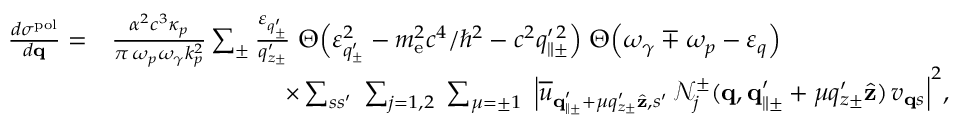
\begin{array} { r l } { \frac { d \sigma ^ { \mathrm { p o l } } } { d { \bf q } } = } & { \frac { \alpha ^ { 2 } c ^ { 3 } \kappa _ { p } } { \pi \, \omega _ { p } \omega _ { \gamma } k _ { p } ^ { 2 } } \sum _ { \pm } \frac { \varepsilon _ { q _ { \pm } ^ { \prime } } } { q _ { z \pm } ^ { \prime } } \; \Theta \Big ( \varepsilon _ { q _ { \pm } ^ { \prime } } ^ { 2 } - m _ { \mathrm { e } } ^ { 2 } c ^ { 4 } / \hbar ^ { 2 } - c ^ { 2 } q _ { \parallel \pm } ^ { \prime \, 2 } \Big ) \; \Theta \Big ( \omega _ { \gamma } \mp \omega _ { p } - \varepsilon _ { q } \Big ) } \\ & { \quad \quad \quad \quad \quad \quad \quad \times \sum _ { s s ^ { \prime } } \; \sum _ { j = 1 , 2 } \; \sum _ { \mu = \pm 1 } \; \Big | \overline { { u } } _ { { \bf q } _ { \parallel \pm } ^ { \prime } + \mu q _ { z \pm } ^ { \prime } \hat { \bf z } , s ^ { \prime } } \, \mathcal { N } _ { j } ^ { \pm } ( { \bf q } , { \bf q } _ { \parallel \pm } ^ { \prime } + \mu q _ { z \pm } ^ { \prime } \hat { \bf z } ) \, v _ { { \bf q } s } \Big | ^ { 2 } , } \end{array}